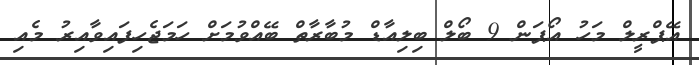
އޭޕްރީލް މަހު އޯޕަން 9 ބޯލް ބިލިއާާޑް މުބާރާތް ބޭއްވުމަށް ހަމަޖެހިފައިވާއިރު މެއި